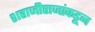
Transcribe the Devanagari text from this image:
शहाजीराजांकडून